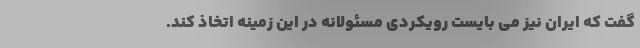
گفت که ایران نیز می بایست رویکردی مسئولانه در این زمینه اتخاذ کند.